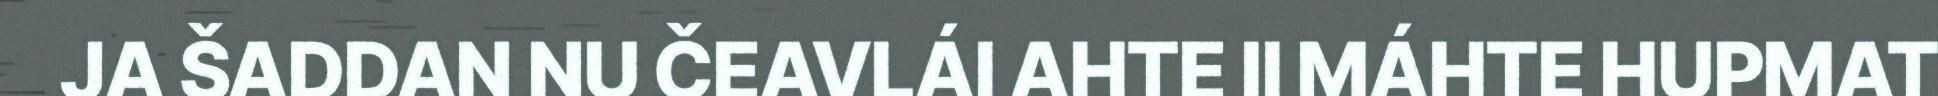
JA ŠADDAN NU ČEAVLÁI AHTE II MÁHTE HUPMAT